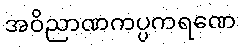
အဝိညာဏကပ္ပကရဏေ